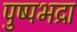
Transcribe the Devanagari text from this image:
पुष्पभद्रा